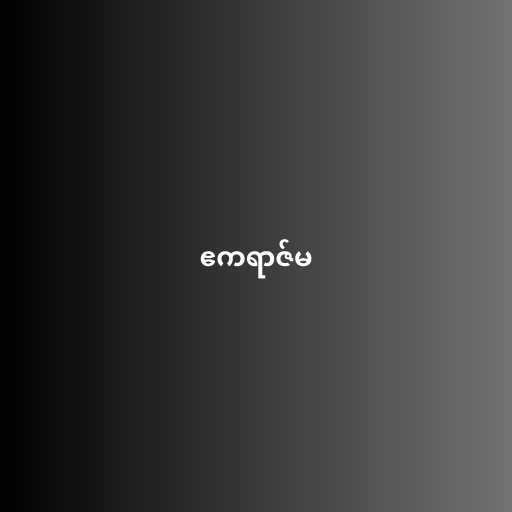
ဧကရာဇ်မ